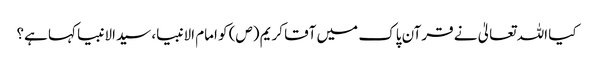
کیا اللہ تعالیٰ نے قرآن پاک میں آقا کریم (ص) کو امام الانبیا، سیدالانبیا کہا ہے؟